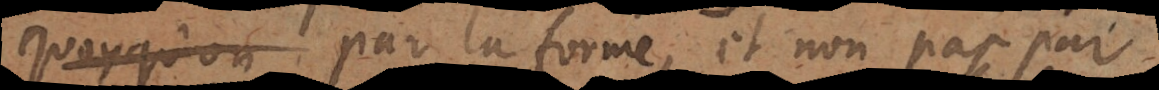
conclusion par la forme et non pas par